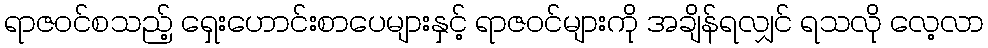
ရာဇဝင်စသည့် ရှေးဟောင်းစာပေများနှင့် ရာဇဝင်များကို အချိန်ရလျှင် ရသလို လေ့လာ